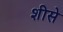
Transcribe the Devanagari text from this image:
शीसे